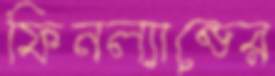
ফিনল্যান্ডের